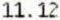
11.12